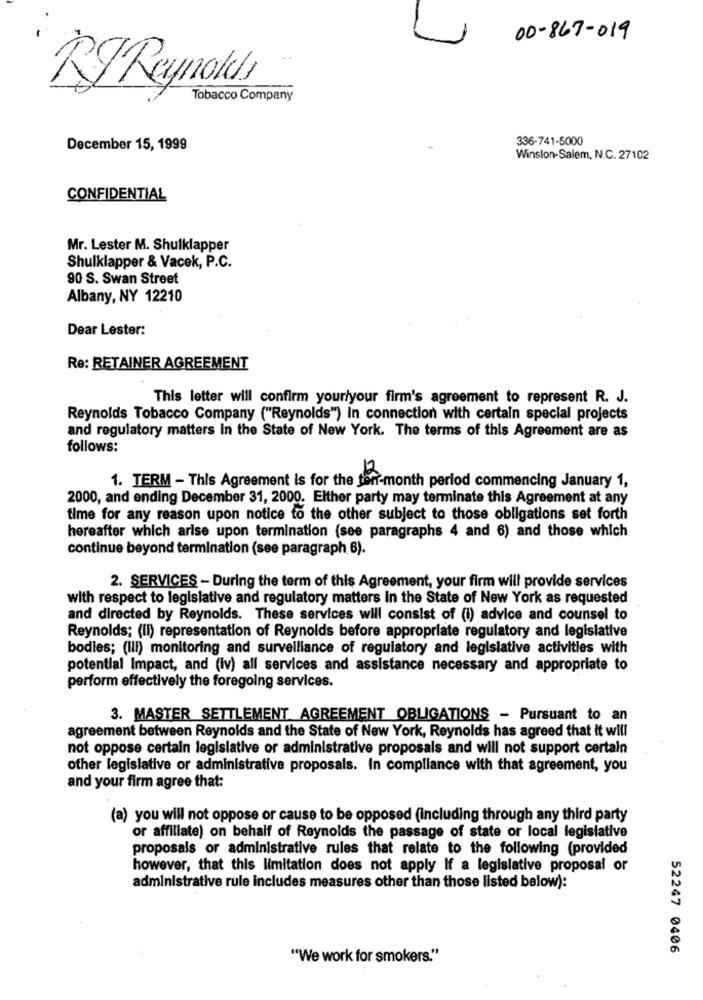
00-867- 019
RTReynolds
Tobacco Company
336-741-5000
December 15, 1999
Winston-Salem, N.C. 27102
CONFIDENTIAL
Mr. Lester M. Shulklapper
Shulklapper & Vacek, P.C.
90 S. Swan Street
Albany, NY 12210
Dear Lester:
Re: RETAINER AGREEMENT
This letter will confirm your/your firm's agreement to represent R. J.
Reynolds Tobacco Company ("Reynolds") In connection with certain special projects
and regulatory matters in the State of New York. The terms of this Agreement are as
follows:
1. TERM - This Agreement is for the ter-month period commencing January 1,
2000, and ending December 31, 2000. Either party may terminate this Agreement at any
time for any reason upon notice to the other subject to those obligations set forth
hereafter which arise upon termination (see paragraphs 4 and 6) and those which
continue beyond termination (see paragraph 6).
2. SERVICES - During the term of this Agreement, your firm will provide services
with respect to legislative and regulatory matters in the State of New York as requested
and directed by Reynolds. These services will consist of (i) advice and counsel to
Reynolds; (II) representation of Reynolds before appropriate regulatory and legislative
bodies; (III) monitoring and surveillance of regulatory and legislative activities with
potential Impact, and (iv) all services and assistance necessary and appropriate to
perform effectively the foregoing services.
3. MASTER SETTLEMENT AGREEMENT OBLIGATIONS - Pursuant to an
agreement between Reynolds and the State of New York, Reynolds has agreed that it will
not oppose certain legislative or administrative proposals and will not support certain
other legislative or administrative proposals. In compliance with that agreement, you
and your firm agree that:
(a) you will not oppose or cause to be opposed (including through any third party
or affiliate) on behalf of Reynolds the passage of state or local legislative
proposals or administrative rules that relate to the following (provided
however, that this limitation does not apply If a legislative proposal or
administrative rule includes measures other than those listed below):
52247 0406
"We work for smokers."